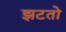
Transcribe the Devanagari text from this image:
झटतो